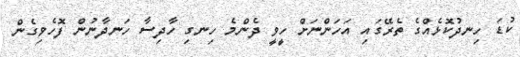
ކުޑަ ހިނދުކޮޅެއްގެ ތެރޭގައި އަހަންނަށް ހީވީ ދެންމެ ހިނގި ހާދިސާ ހަނދާނުން ފޮހެވިގެން